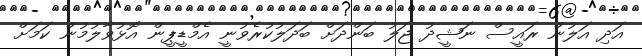
އަދި އަލުން ރައީސް ނަޝީދު ޖަލު ބަންދަށް ބަދަލުކުރެވުނީ އެމްޑީޕީން އޮޅުވާލުމުން ކަމަށް